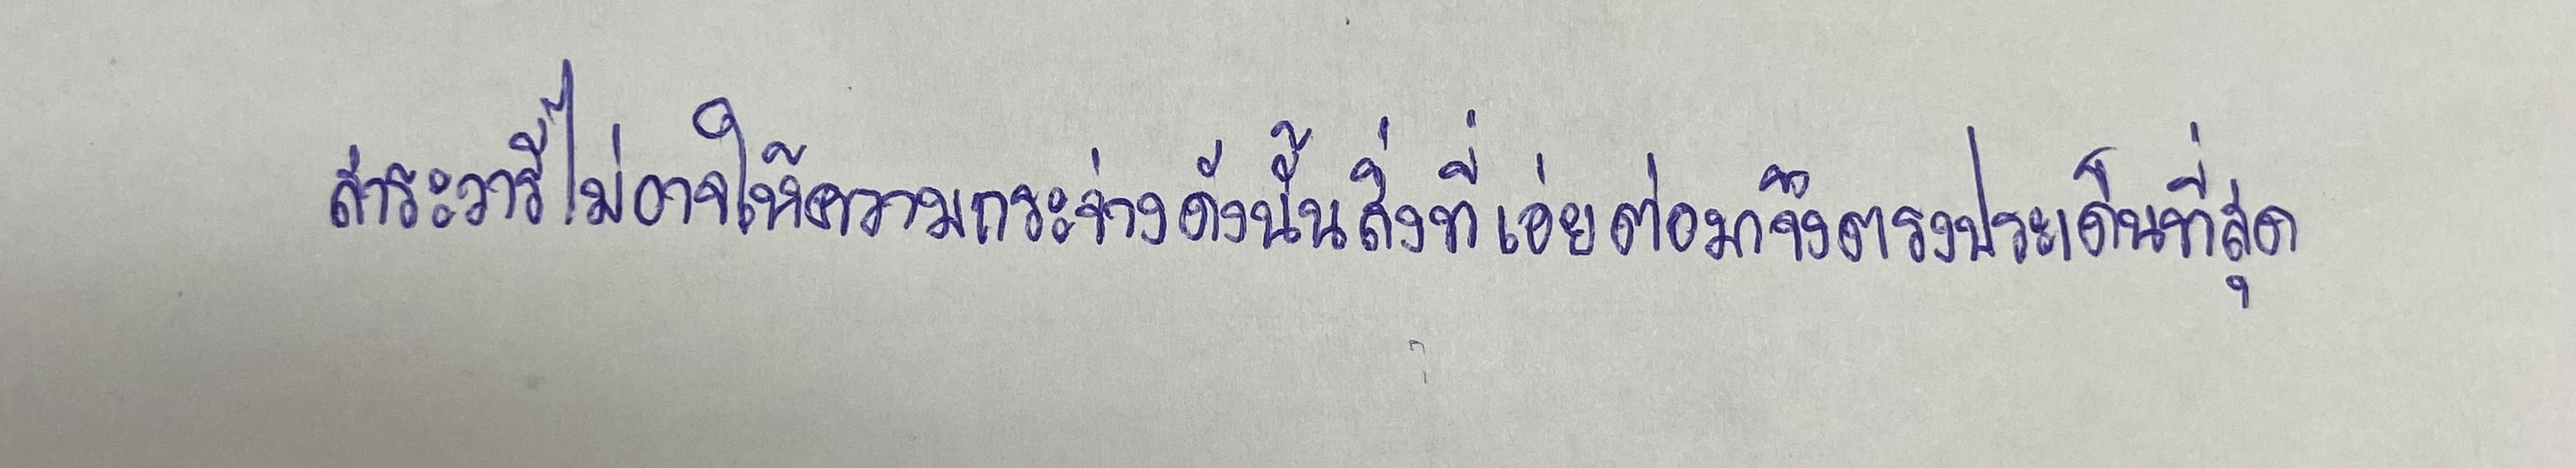
สาระวารีไม่อาจให้ความกระจ่างดังนั้นสิ่งที่เอ่ยต่อมาจึงตรงประเด็นที่สุด